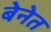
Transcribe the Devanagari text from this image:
बेनेत